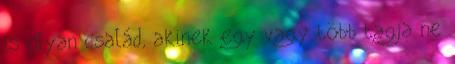
is olyan család, akinek egy vagy több tagja ne